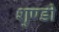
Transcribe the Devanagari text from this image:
शुण्डी